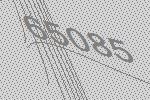
65085